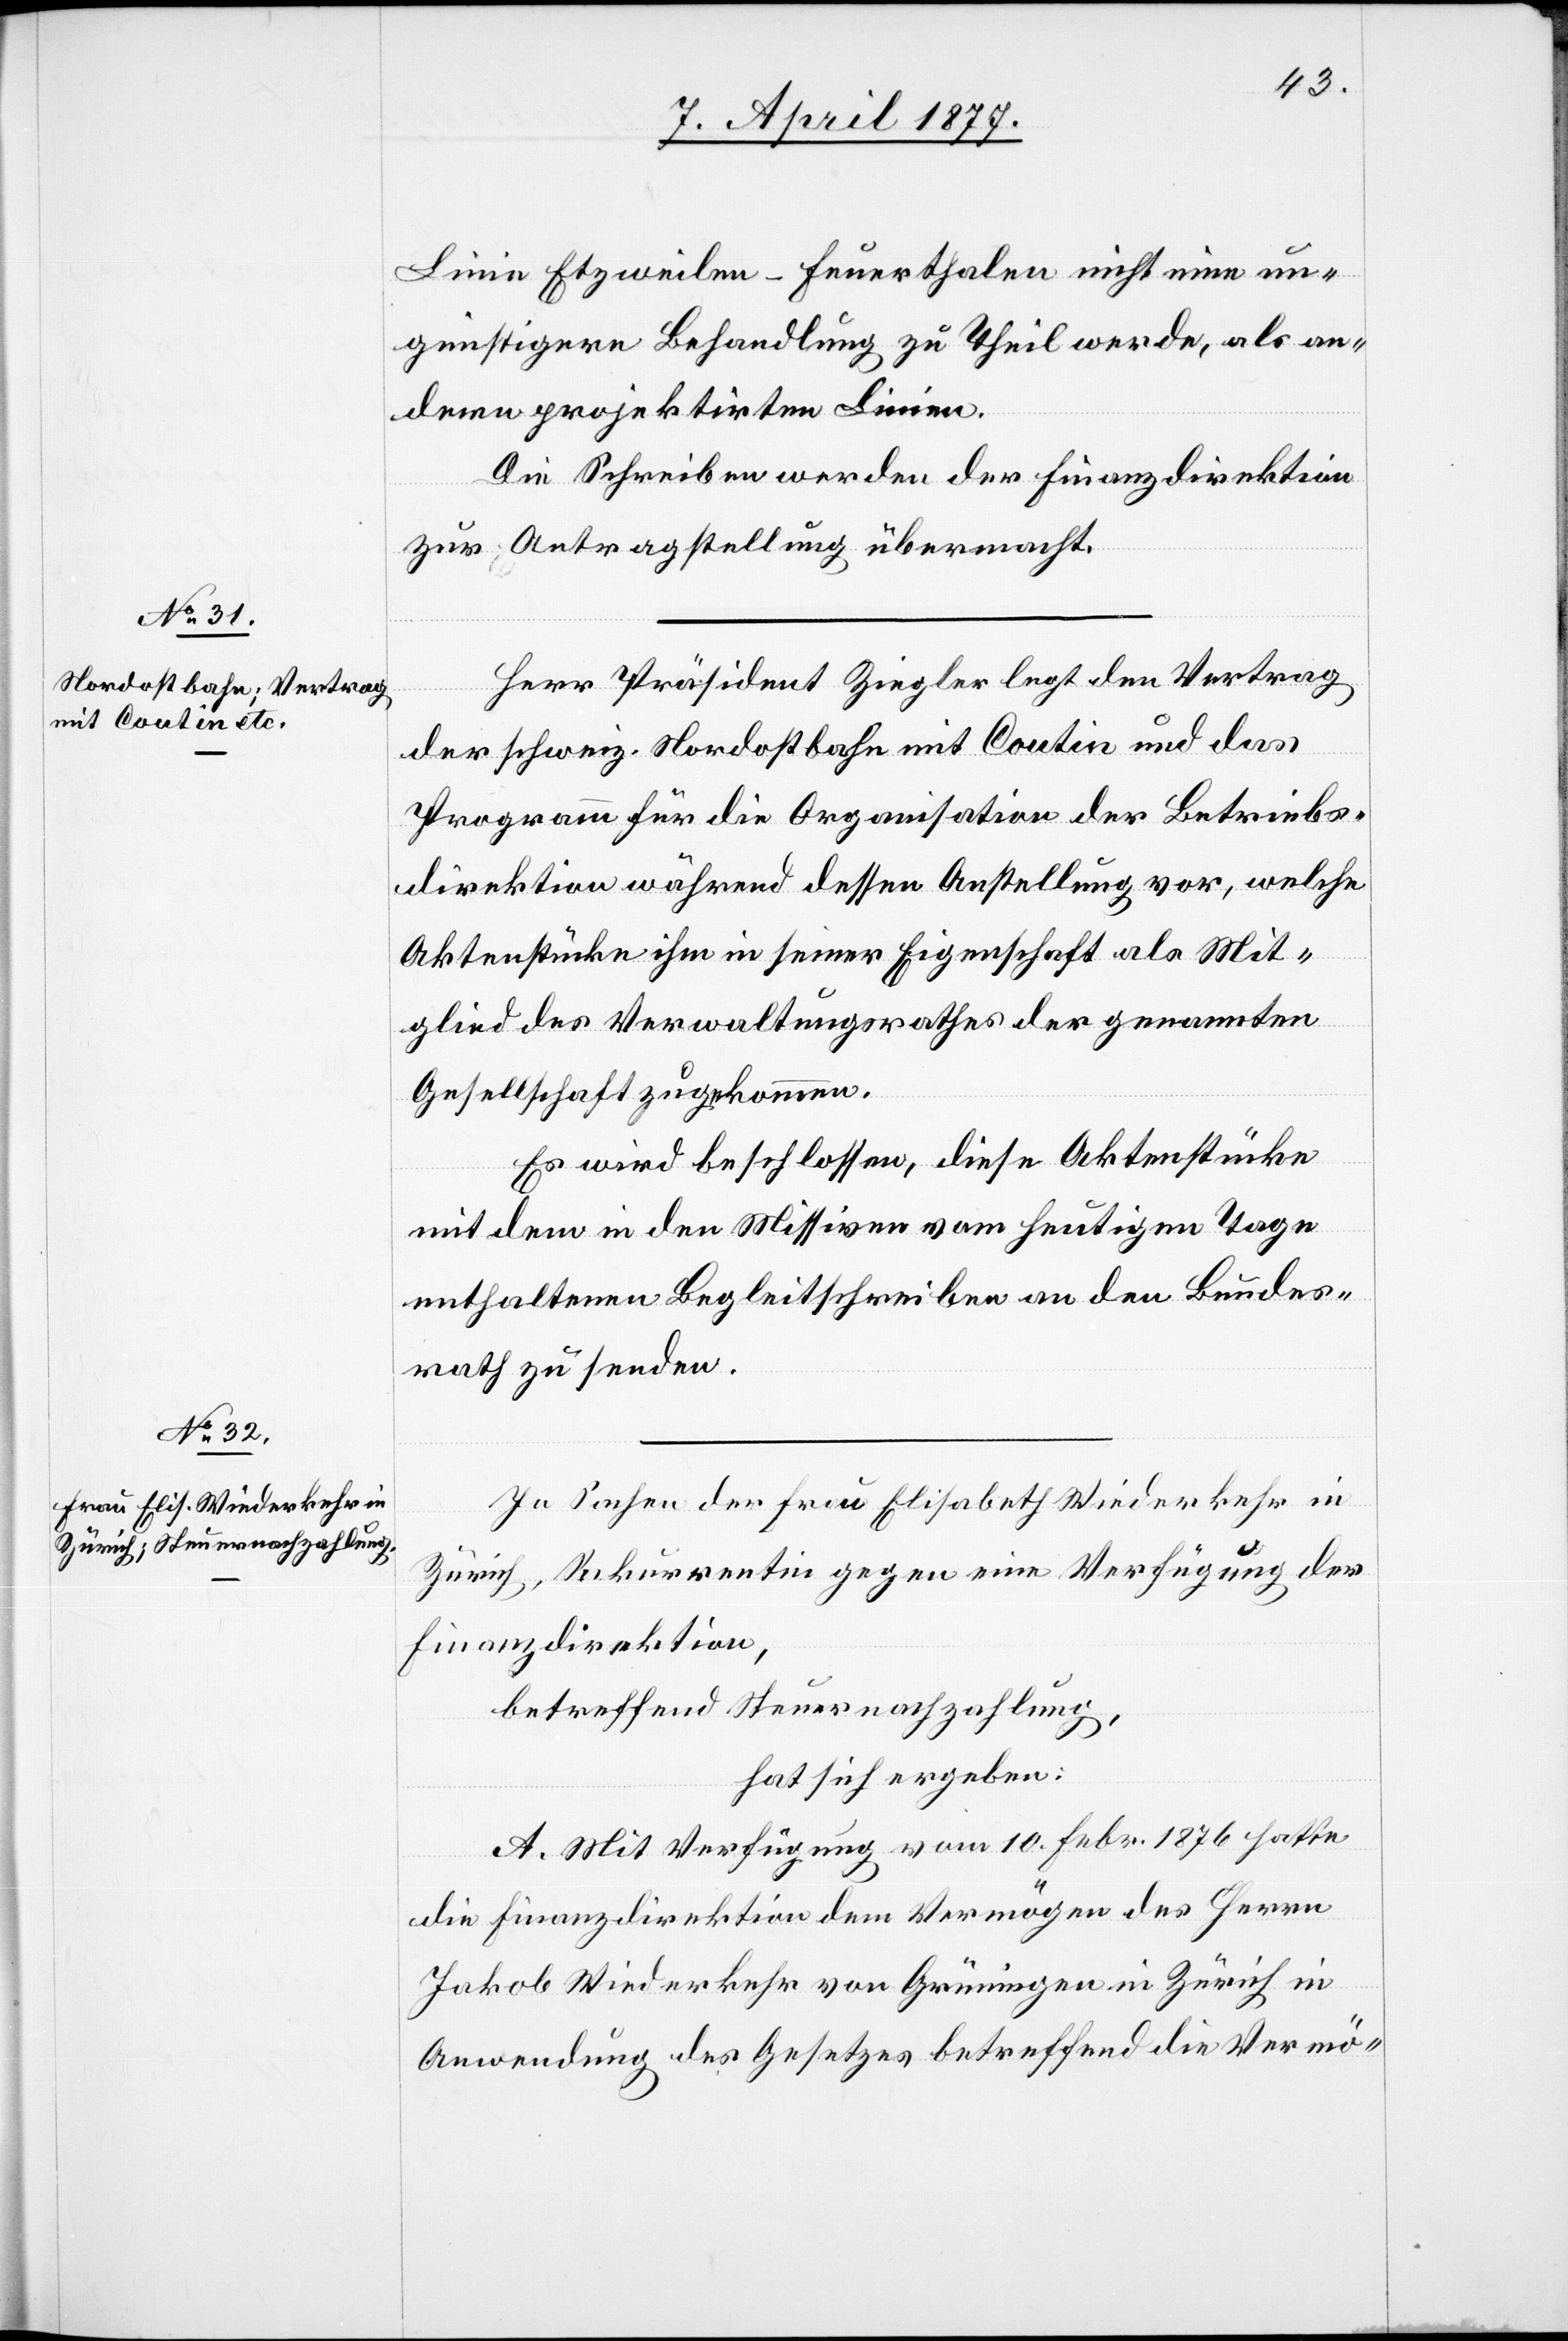
Linie Etzweilen–Feuerthalen nicht eine un¬
günstigere Behandlung zu Theil werde, als an¬
deren projektirten Linien.
Die Schreiben werden der Finanzdirektion
zur Antragstellung übermacht.
Herr Präsident Ziegler legt den Vertrag
der schweiz. Nordostbahn mit Coutin und das
Programm für die Organisation der Betriebs¬
direktion während dessen Anstellung vor, welche
Aktenstücke ihm in seiner Eigenschaft als Mit¬
glied des Verwaltungsrathes der genannten
Gesellschaft zugekommen.
Es wird beschlossen, diese Aktenstücke
mit dem in den Missiven vom heutigen Tage
enthaltenen Begleitschreiben an den Bundes¬
rath zu senden.
In Sachen der Frau Elisabeth Wiederkehr in
Zürich, Rekurrentin gegen eine Verfügung der
Finanzdirektion,
betreffend Steuernachzahlung,
hat sich ergeben:
A. Mit Verfügung vom 10. Febr. 1876 hatte
die Finanzdirektion dem Vermögen des Herrn
Jakob Wiederkehr von Grüningen in Zürich in
Anwendung der Gesetzes betreffend die Vermö-